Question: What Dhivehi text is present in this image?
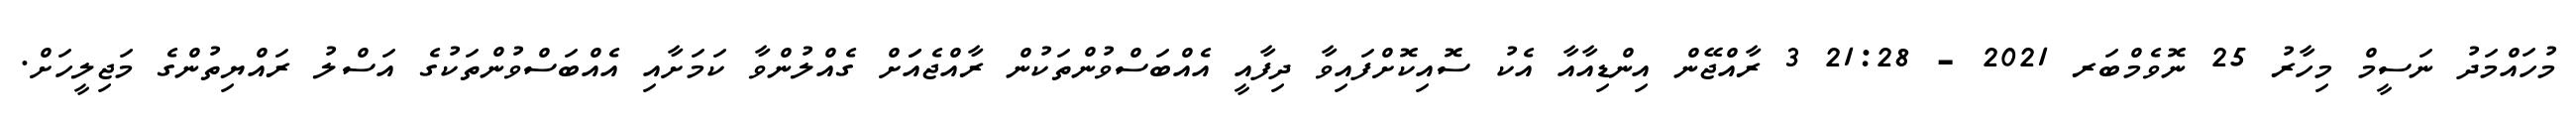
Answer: މުހައްމަދު ނަސީމް މިހާރު 25 ނޮވެމްބަރ 2021 - 21:28 3 ރާއްޖޭން އިންޑިއާއާ އެކު ސޮއިކޮށްފައިވާ ދިފާއީ އެއްބަސްވުންތަކުން ރާއްޖެއަަށް ގެއްލުންވާ ކަމަށާއި އެއްބަސްވުންތަކުގެ އަސްލު ރައްޔިތުންގެ މަޖިލީހަށް.